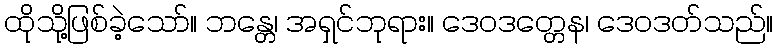
ထိုသို့ဖြစ်ခဲ့သော်။ ဘန္တေ၊ အရှင်ဘုရား။ ဒေဝဒတ္တေန၊ ဒေဝဒတ်သည်။